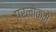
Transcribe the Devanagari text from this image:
परलोकमे